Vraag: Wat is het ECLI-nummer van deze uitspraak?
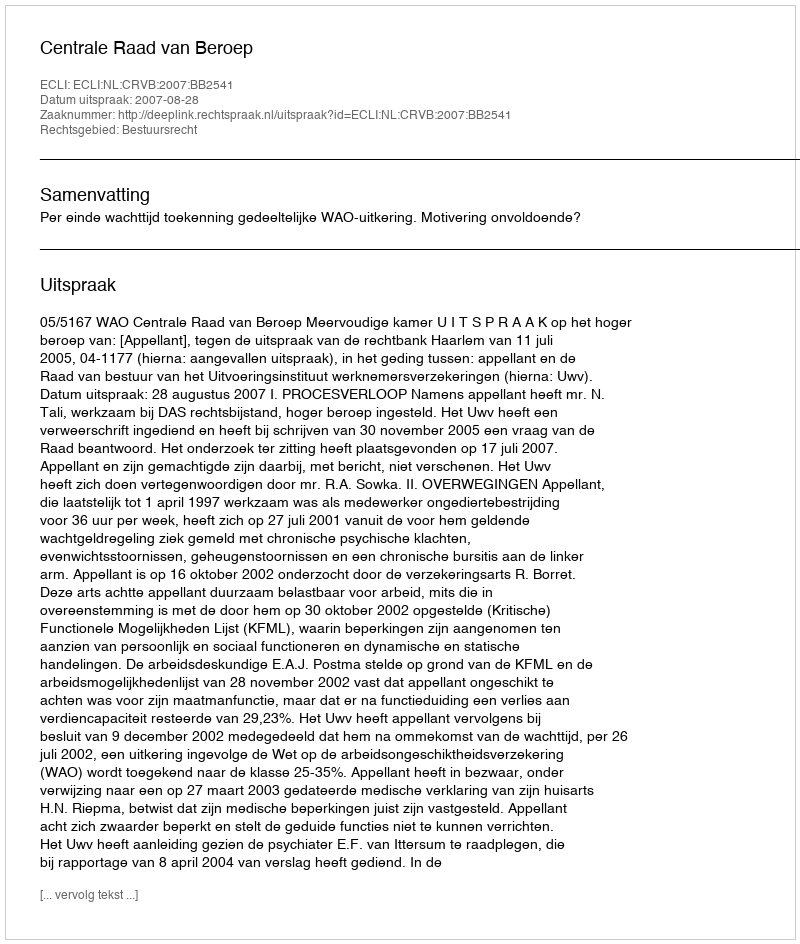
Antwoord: ECLI:NL:CRVB:2007:BB2541